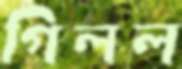
গিলল